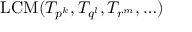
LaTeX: \operatorname { L C M } ( T _ { p ^ { k } } , T _ { q ^ { l } } , T _ { r ^ { m } } , \ldots )